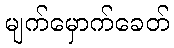
မျက်မှောက်ခေတ်